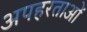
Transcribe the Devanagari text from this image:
अपहरताओं